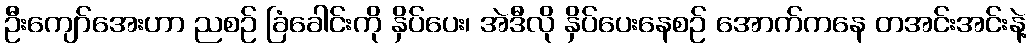
ဦးကျော်အေးဟာ ညစဉ် ခြံခေါင်းကို နှိပ်ပေး၊ အဲဒီလို နှိပ်ပေးနေစဉ် အောက်ကနေ တအင်းအင်းနဲ့